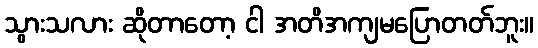
သွားသလား ဆိုတာတော့ ငါ အတိအကျမပြောတတ်ဘူး။